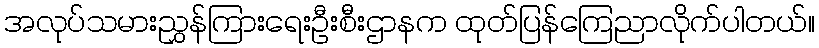
အလုပ်သမားညွှန်ကြားရေးဦးစီးဌာနက ထုတ်ပြန်ကြေညာလိုက်ပါတယ်။